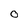
Character: O